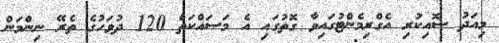
މިއަދު ސޮއިކުރި އެގްރިމެންޓުގައިވާ ގޮތުގައި އެ މަސައްކަތް 120 ދުވަހުގެ ތެރޭ ނިންމަން